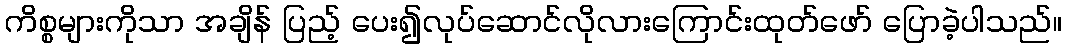
ကိစ္စများကိုသာ အချိန် ပြည့် ပေး၍လုပ်ဆောင်လိုလားကြောင်းထုတ်ဖော် ပြောခဲ့ပါသည်။